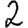
Digit: 2